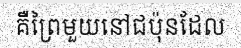
គឺព្រៃមួយនៅជប៉ុនដែល